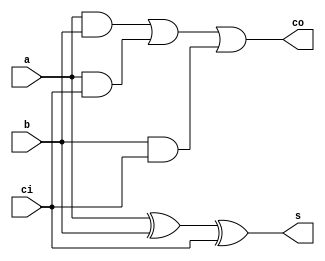
module faddr(a, b, ci, s, co);
	input a, b, ci;
	output s, co;
	assign s = a^b^ci;
	assign co = a & b | a & ci | b & ci;
endmodule